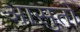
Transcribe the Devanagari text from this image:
आसुतों